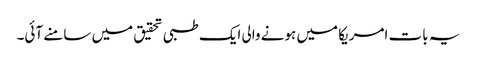
یہ بات امریکا میں ہونے والی ایک طبی تحقیق میں سامنے آئی۔